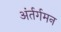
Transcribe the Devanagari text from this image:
अंर्तर्गमन